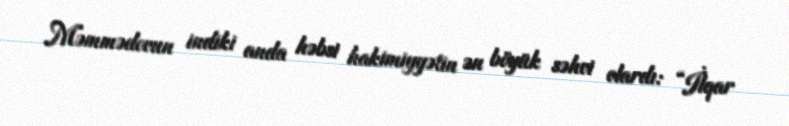
Məmmədovun indiki anda həbsi hakimiyyətin ən böyük səhvi olardı: “İlqar